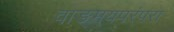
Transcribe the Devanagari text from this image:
वाङ्मयपरंपरा